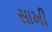
સાખી